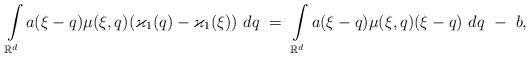
LaTeX: \begin{align*}\int\limits_{\mathbb R^d} a (\xi-q) \mu (\xi, q) (\varkappa_1 (q) - \varkappa_1 (\xi) ) \ dq \ = \ \int\limits_{\mathbb R^d} a (\xi-q) \mu (\xi, q ) (\xi - q ) \ dq \ - \ b,\end{align*}